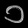
Digit: ၁